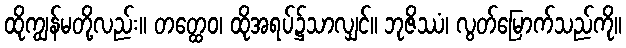
ထိုကျွန်မတို့လည်း။ တတ္ထေဝ၊ ထိုအရပ်၌သာလျှင်။ ဘုဇိဿံ၊ လွတ်မြောက်သည်ကို။